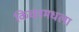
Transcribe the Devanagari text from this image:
किचनमधला